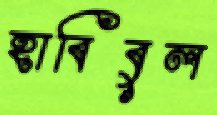
হাবিবুল